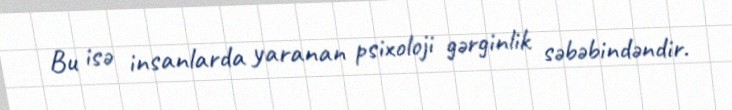
Bu isə insanlarda yaranan psixoloji gərginlik səbəbindəndir.